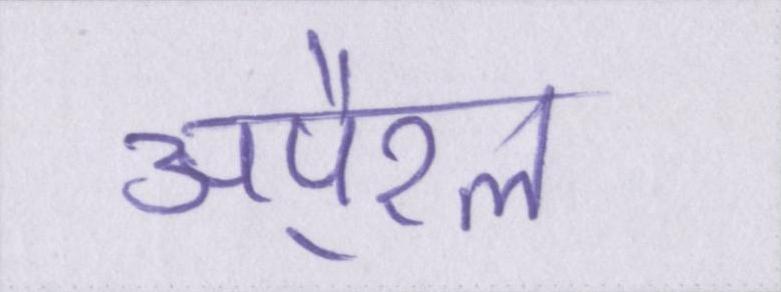
अपै्रल